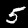
Digit: 5